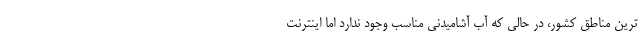
ترین مناطق کشور، در حالی که آب آشامیدنی مناسب وجود ندارد اما اینترنت